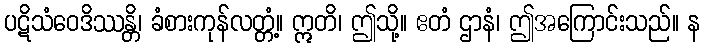
ပဋိသံဝေဒိဿန္တိ၊ ခံစားကုန်လတ္တံ့။ ဣတိ၊ ဤသို့။ ဧတံ ဌာနံ၊ ဤအကြောင်းသည်။ န